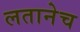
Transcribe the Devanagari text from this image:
लतानेच